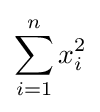
\sum _{i=1}^{n}x_{i}^{2}